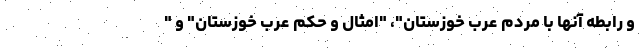
و رابطه آنها با مردم عرب خوزستان"، "امثال و حِکم عرب خوزستان" و "